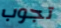
تجوب